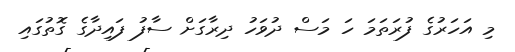
މި އަހަރުގެ ފުރަތަމަ ހަ މަސް ދުވަހު ދިރާގަށް ސާފު ފައިދާގެ ގޮތުގައި